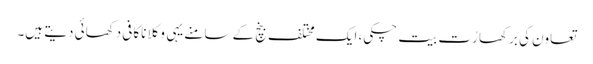
تعاون کی برکھا رُت بیت چکی، ایک مختلف بنچ کے سامنے یہی وکلا ناکافی دکھائی دیتے ہیں۔